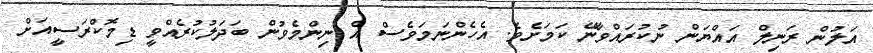
އަލުން ރަނިލް އައްޔަން ނުކުރައްވާނޭ ކަމަށެވެ. އެހެންނަމަވެސް އެ ނިންމެވުން ބަދަލުކުރެއްވީ ޑިމޮކްރަސީއަށް